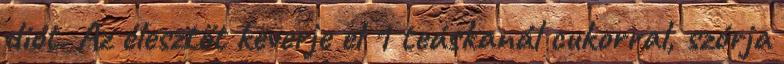
diót. Az élesztőt keverje el 1 teáskanál cukorral, szórja